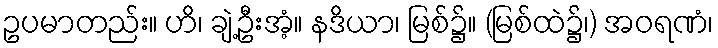
ဥပမာတည်း။ ဟိ၊ ချဲ့ဦးအံ့။ နဒိယာ၊ မြစ်၌။ (မြစ်ထဲ၌၊) အဝရဏံ၊